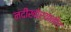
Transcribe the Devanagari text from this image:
नदीखोऱ्यातील